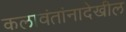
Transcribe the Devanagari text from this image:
कलावंतांनादेखील